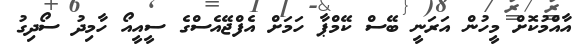
އާއްމުކޮށް މީހުން އަރަނީ ބޭސް ކޭމްޕާ ހަމަށް އެފްޖޭއެސްގެ ސީއީއޯ ހާމިދު ސޯދިގު